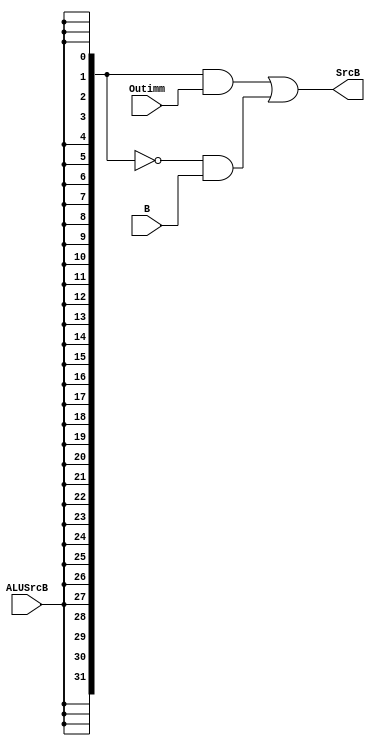
`timescale 1ns / 1ps
//////////////////////////////////////////////////////////////////////////////////
// Company: 
// Engineer: 
// 
// Design Name: 
// Module Name: Sltsrcb
// Project Name: 
// Target Devices: 
// Tool Versions: 
// Description: 
// 
// Dependencies: 
// 
// Revision:
// Revision 0.01 - File Created
// Additional Comments:
// 
//////////////////////////////////////////////////////////////////////////////////


module Sltsrcb(ALUSrcB,B,Outimm,SrcB);
    input [31:0]B,Outimm;
    input ALUSrcB;
    output [31:0]SrcB;
    assign SrcB=({32{ALUSrcB}}&Outimm)|(~{32{ALUSrcB}}&B);
endmodule